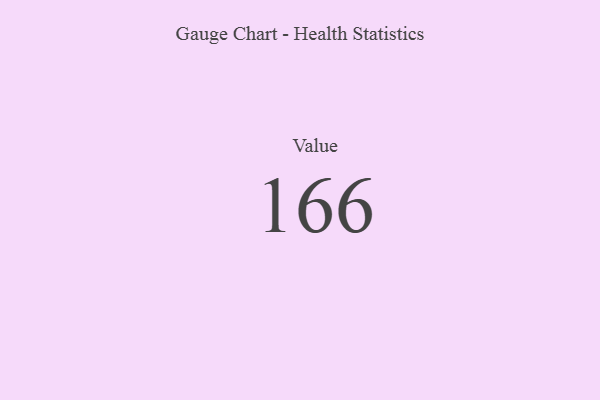
{"axis": {"x": "Metric", "y": "Value"}, "legend": [""], "data": [{"x": "Value", "y": 166, "type": ""}]}